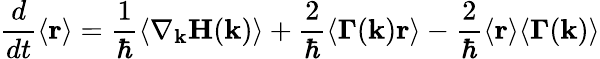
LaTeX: \frac{d}{dt}\langle\mathbf{r}\rangle=\frac{1}{\hbar}\langle\nabla_{\mathbf{k}}\mathbf{H}(\mathbf{k})\rangle+\frac{2}{\hbar}\langle\mathbf{\Gamma}(\mathbf{k})\mathbf{r}\rangle-\frac{2}{\hbar}\langle\mathbf{r}\rangle\langle\mathbf{\Gamma}(\mathbf{k})\rangle